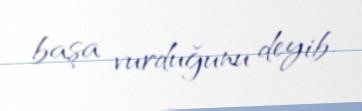
başa vurduğunu deyib.